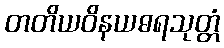
တတိယဝိနယဓရသုတ္တံ